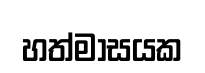
හත්මාසයක